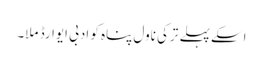
اسکے پہلے ترکی ناول پناہ کو ادبی ایوارڈ ملا۔